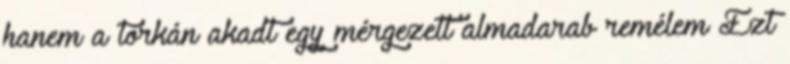
hanem a torkán akadt egy mérgezett almadarab remélem Ezt